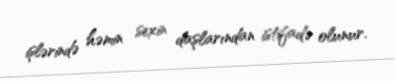
işlərində həmin sexin daşlarından istifadə olunur.